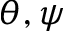
\theta , \psi